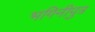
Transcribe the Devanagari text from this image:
भगिनीपुत्र